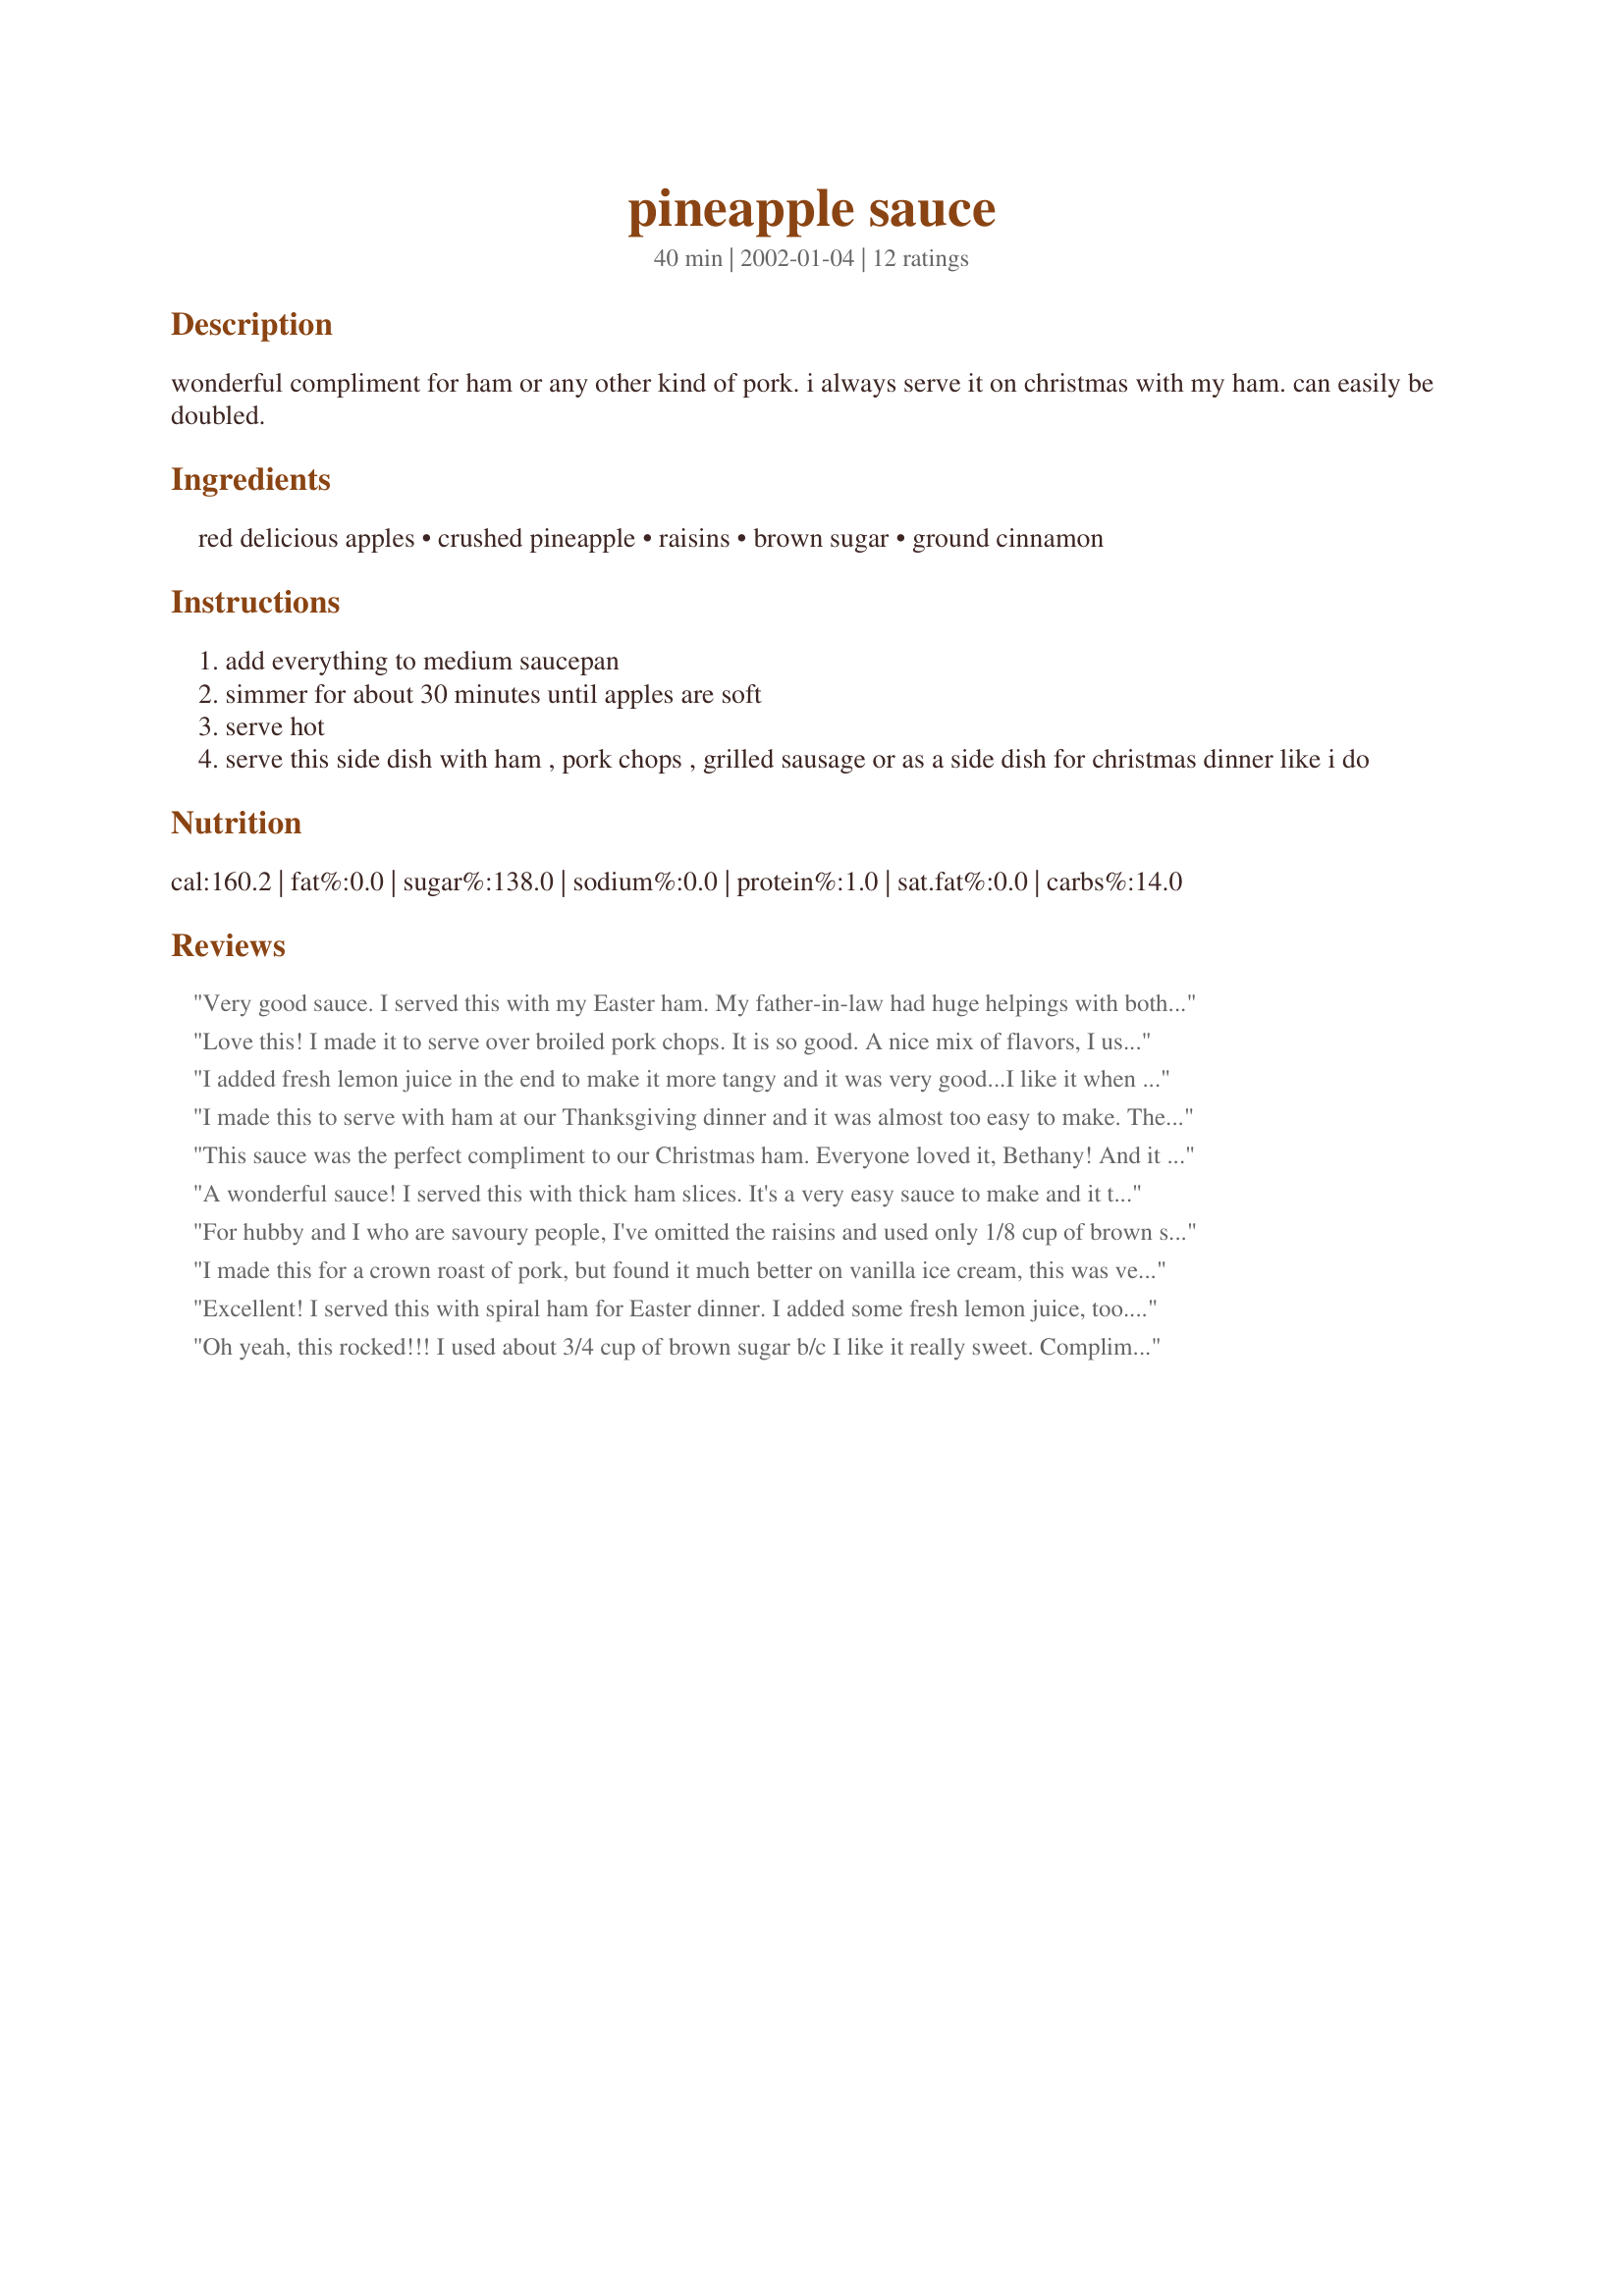
pineapple sauce
Preparation time: 40 minutes

wonderful compliment for ham or any other kind of pork. i always serve it on christmas with my ham. can easily be doubled.

Ingredients:
red delicious apples, crushed pineapple, raisins, brown sugar, ground cinnamon

Steps:
add everything to medium saucepan
simmer for about 30 minutes until apples are soft
serve hot
serve this side dish with ham , pork chops , grilled sausage or as a side dish for christmas dinner like i do

Reviews:
Very good sauce. I served this with my Easter ham. My father-in-law had huge helpings with both his first and second servings of ham. I didn't peel the apples, and liked the extra color this provided for the dish. I will keep this in mind for the next holiday ham.
Love this! I made it to serve over broiled pork chops. It is so good. A nice mix of flavors, I used the 20 oz can of pineapple and 1/4 t cinnamon. This really turned plain chops into something special! Thanks!
I added fresh lemon juice in the end to make it more tangy and it was very good...I like it when easy and delicious recipes are posted ....Hope you do not mind the twist :-)
I made this to serve with ham at our Thanksgiving dinner and it was almost too easy to make. The aroma as it simmered was wonderful! I'll probably omit the raisins the next time I make this only because my children don't like raisins cooked in recipes. I honestly thought my BIL was going to eat the entire dish, so I made sure I gave my sister the recipe.
This sauce was the perfect compliment to our Christmas ham. Everyone loved it, Bethany! And it couldn't have been any easier to make. This is the only sauce I'll make to go with my ham now, and I'll next try it with some pork. Thanks for the recipe B!
A wonderful sauce! I served this with thick ham slices. It's a very easy sauce to make and it turned the ordinary ham slices into an elegant dish. Thanks for sharing, Bethany. :-)

For hubby and I who are savoury people, I've omitted the raisins and used only 1/8 cup of brown sugar with a 440g can of crushed pineapple and 3 red apples. Hubby finished half the sauce with his pork chops. I'm very sure he'd finish the sauce if I had more pork chops to serve! Thank you for such a wonderful recipe!
I made this for a crown roast of pork, but found it much better on vanilla ice cream, this was very good, very easy and so versatile.
Excellent! I served this with spiral ham for Easter dinner.
I added some fresh lemon juice, too. No leftovers!
My brother told me to include in my review that he wondered why you called it pineapple sauce because he just mainly tasted everything but pineapple.
It was delicious.
Oh yeah, this rocked!!! I used about 3/4 cup of brown sugar b/c I like it really sweet. Complimented the pork perfectly! I was testing it tonight to see if I want to serve it at a holiday dinner w/the friends, and I definitely will! Thanks for posting, Bethany.
This was wonderful. I made this to go with a ham, and it really helped cut the saltiness. Great flavor, and nice and thick. Not runny like some recipes. You could make it a little thinner by adding some water or juice to it, if you like it that way. But I wouldn't change it.
Yumm! Made this for Christmas dinner to go along with our ham, and it was wonderful. I left out the raisins because nobody in the family likes them but me. It tasted great. Thank you for posting this one. We will use it often.
